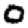
Digit: 0